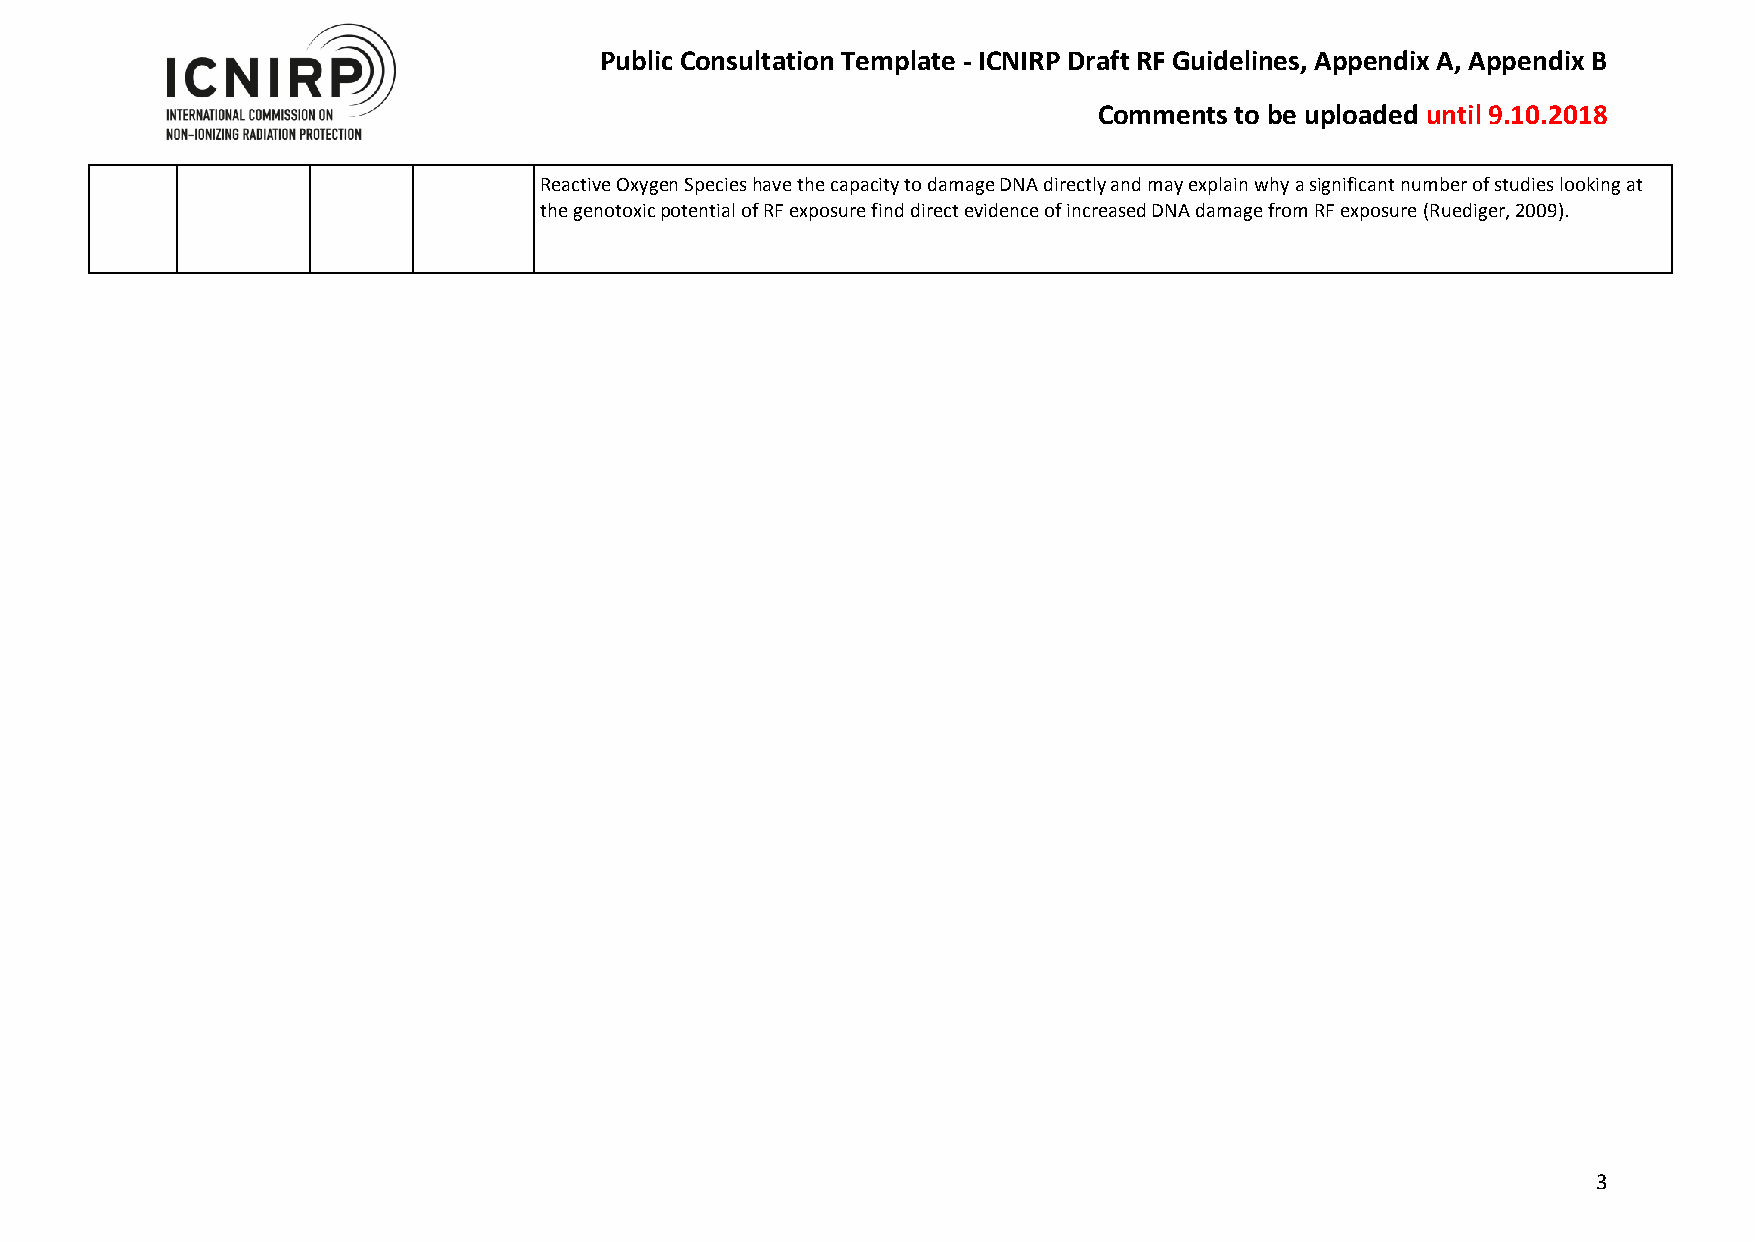
Public Consultation Template - ICNIRP Draft RF Guidelines, Appendix A, Appendix B
 Comments to be uploaded until 9.10.2018
 Reactive Oxygen Species have the capacity to damage DNA directly and may explain why a significant number of studies looking at
 the genotoxic potential of RF exposure find direct evidence of increased DNA damage from RF exposure (Ruediger, 2009).
 3